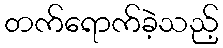
တက်ရောက်ခဲ့သည့်